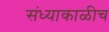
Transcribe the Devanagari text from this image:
संध्याकाळीच